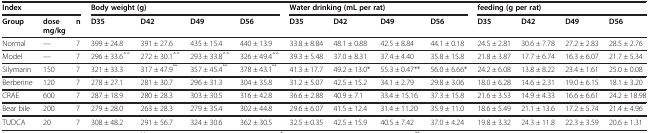
<table><thead><tr><td colspan="3"><b>Index</b></td><td colspan="4"><b>Body weight (g)</b></td><td colspan="4"><b>Water drinking (mL per rat)</b></td><td colspan="4"><b>feeding (g per rat)</b></td></tr><tr><td><b>Group</b></td><td><b>dose mg/kg</b></td><td><b>n</b></td><td><b>D35</b></td><td><b>D42</b></td><td><b>D49</b></td><td><b>D56</b></td><td><b>D35</b></td><td><b>D42</b></td><td><b>D49</b></td><td><b>D56</b></td><td><b>D35</b></td><td><b>D42</b></td><td><b>D49</b></td><td><b>D56</b></td></tr></thead><tbody><tr><td>Normal</td><td>—</td><td>7</td><td>399 ± 24.8</td><td>391 ± 27.6</td><td>435 ± 15.4</td><td>440 ± 13.9</td><td>33.8 ± 8.84</td><td>48.1 ± 0.88</td><td>42.5 ± 8.84</td><td>44.1 ± 0.18</td><td>24.5 ± 2.81</td><td>30.6 ± 7.78</td><td>27.2 ± 2.83</td><td>28.5 ± 2.76</td></tr><tr><td>Model</td><td>—</td><td>7</td><td>296 ± 33.6<sup>△△</sup></td><td>272 ± 30.1<sup>△△</sup></td><td>293 ± 33.8<sup>△△</sup></td><td>326 ± 49.4<sup>△△</sup></td><td>39.3 ± 5.48</td><td>37.0 ± 8.31</td><td>37.4 ± 4.40</td><td>35.8 ± 15.8</td><td>21.8 ± 3.87</td><td>17.7 ± 6.74</td><td>16.3 ± 6.07</td><td>21.7 ± 5.34</td></tr><tr><td>Silymarin</td><td>150</td><td>7</td><td>321 ± 33.3</td><td>317 ± 47.9<sup>**</sup></td><td>357 ± 45.4<sup>**</sup></td><td>378 ± 43.1<sup>**</sup></td><td>41.3 ± 17.7</td><td>49.2 ± 13.0*</td><td>55.3 ± 0.47**</td><td>56.0 ± 6.66*</td><td>24.2 ± 6.08</td><td>13.8 ± 8.22</td><td>23.4 ± 1.61</td><td>25.0 ± 0.08</td></tr><tr><td>Berberine</td><td>120</td><td>7</td><td>278 ± 27.1</td><td>281 ± 30.7</td><td>296 ± 31.3</td><td>304 ± 35.8</td><td>31.2 ± 5.07</td><td>42.5 ± 15.2</td><td>34.1 ± 2.79</td><td>29.8 ± 3.06</td><td>18.0 ± 6.28</td><td>14.6 ± 2.31</td><td>19.0 ± 6.15</td><td>18.1 ± 3.20</td></tr><tr><td>CRAE</td><td>600</td><td>7</td><td>287 ± 18.9</td><td>280 ± 28.3</td><td>303 ± 30.5</td><td>316 ± 42.8</td><td>36.6 ± 2.88</td><td>40.9 ± 7.1</td><td>33.4 ± 15.16</td><td>37.3 ± 15.8</td><td>21.6 ± 3.53</td><td>14.9 ± 4.33</td><td>16.6 ± 6.61</td><td>24.2 ± 18.98</td></tr><tr><td>Bear bile</td><td>200</td><td>7</td><td>279 ± 28.0</td><td>263 ± 28.3</td><td>279 ± 35.4</td><td>302 ± 44.8</td><td>29.6 ± 6.07</td><td>41.5 ± 12.4</td><td>31.4 ± 11.20</td><td>35.9 ± 11.0</td><td>18.6 ± 5.49</td><td>21.1 ± 13.6</td><td>17.2 ± 5.74</td><td>21.4 ± 4.96</td></tr><tr><td>TUDCA</td><td>20</td><td>7</td><td>308 ± 48.2</td><td>291 ± 56.7</td><td>324 ± 30.6</td><td>362 ± 30.5</td><td>32.5 ± 0.35</td><td>42.5 ± 15.9</td><td>40.5 ± 7.42</td><td>37.0 ± 4.24</td><td>19.8 ± 3.32</td><td>24.3 ± 11.8</td><td>22.3 ± 3.59</td><td>20.6 ± 1.31</td></tr></tbody></table>